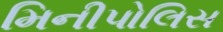
મિનીપોલિસ